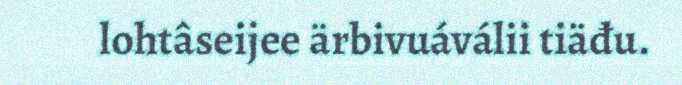
lohtâseijee ärbivuáválii tiäđu.